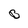
Character: B